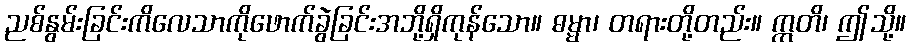
ညစ်နွမ်းခြင်းကိလေသာကိုဖောက်ခွဲခြင်းအဘို့ရှိကုန်သော။ ဓမ္မာ၊ တရားတို့တည်း။ ဣတိ၊ ဤသို့။